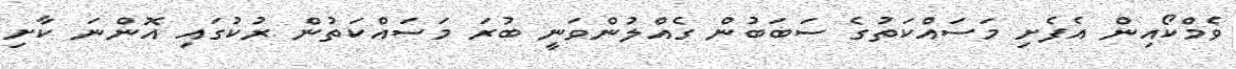
ވެމްކޯއިން އެފެށި މަސައްކަތުގެ ސަބަބުން ގެއްލުންވަނީ ބުރަ މަސައްކަތުން ރުކުގައި އޮންނަ ކާށި